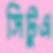
সিটুএ